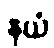
နယံ